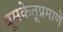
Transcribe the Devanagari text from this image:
धूमकेतूप्रमाणे